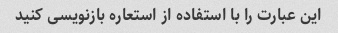
این عبارت را با استفاده از استعاره بازنویسی کنید